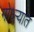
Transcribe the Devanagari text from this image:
गोध्ऱ्यात